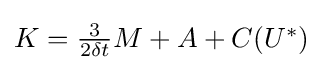
{\textstyle K={\frac {3}{2\delta t}}M+A+C(U^{*})}